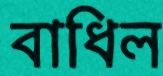
বাধিল